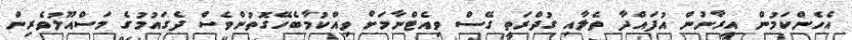
އެހެންކަމުން އީރާނުން އުފައްދާ ތެލާއި ގުދްރަތީ ގޭސް ވިއެޓްނާމަށް ވިއްކުމާބެހޭގޮތުންވެސް ދެގައުމުގެ މަސްއޫލުވެރިން